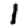
Digit: 1